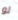
لو